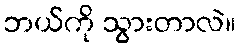
ဘယ်ကို သွားတာလဲ။